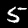
Digit: 5